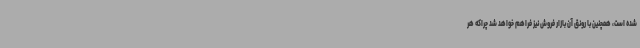
شده است، همچنین با رونق آن بازار فروش نیز فراهم خواهد شد چراکه هر